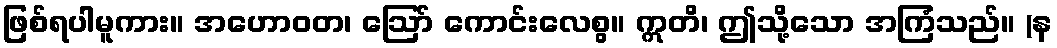
ဖြစ်ရပါမူကား။ အဟောဝတ၊ ဩော် ကောင်းလေစွ။ ဣတိ၊ ဤသို့သော အကြံသည်။ (န